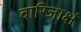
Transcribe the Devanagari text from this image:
वारिजाक्षं